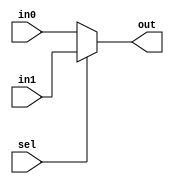
module MUX_2_1(in0, in1, sel, out);
    input in0,in1;
    input sel;
    output out;  
    assign out = sel? in1 : in0;
endmodule